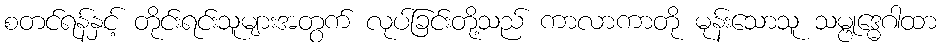
စတင်ရန်နှင့် တိုင်းရင်းသူများအတွက် လုပ်ခြင်းတို့သည် ကာလာကာတို မုန်းသောသူ သမ္ဗုဒ္ဓေဂါထာ